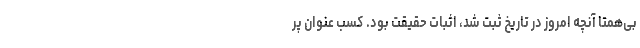
بی‌همتا آنچه امروز در تاریخ ثبت شد، اثبات حقیقت بود. کسب عنوان پر